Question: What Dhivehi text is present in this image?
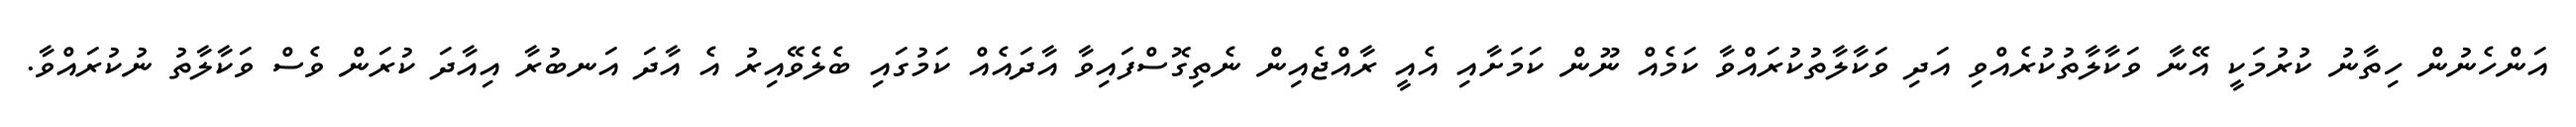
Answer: އަންހެނުން ހިތާނު ކުރުމަކީ އޭނާ ވަކާލާތުކުރެއްވި އަދި ވަކާލާތުކުރައްވާ ކަމެއް ނޫން ކަމަށާއި އެއީ ރާއްޖެއިން ނެތިގޮސްފައިވާ އާދައެއް ކަމުގައި ބެލެވޭއިރު އެ އާދަ އަނބުރާ އިއާދަ ކުރަން ވެސް ވަކާލާތު ނުކުރައްވާ.